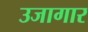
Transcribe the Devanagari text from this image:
उजागार